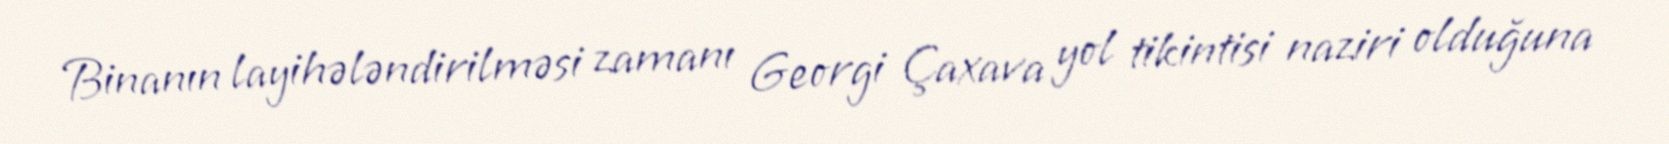
Binanın layihələndirilməsi zamanı Georgi Çaxava yol tikintisi naziri olduğuna